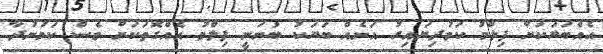
އެއްބަޔަކަށް ފިލްމު ކަމުދިޔައިރު އަނެއް ބަޔަކު ބުނަނީ ފިލްމު އެއްގޮތަކަށް ވެސް ކަމުނުދާ